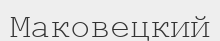
Маковецкий